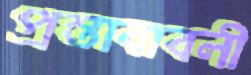
প্রস্তাবাবলী